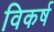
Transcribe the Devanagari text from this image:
विकर्ष